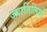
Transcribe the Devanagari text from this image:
ज्यार्तिलिंगों